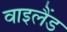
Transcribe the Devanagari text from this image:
वाइलैंड